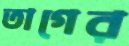
তাগের